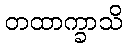
တထာက္ခာသိ